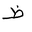
Letter: _za